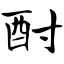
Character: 酎